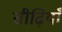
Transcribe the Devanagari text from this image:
सीढ़ियाँ